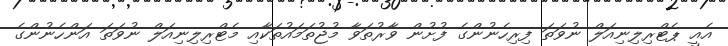
އެއީ ޕެޓްރިލިނިއަލް ނުވަތަ ފިރިހެނުންގެ ފުށުން ވާރުތަވާ މުޖުތަމައުތަކާއި މެޓްރިލިނިއަލް ނުވަތަ އަންހެނުންގެ